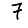
Digit: 7